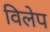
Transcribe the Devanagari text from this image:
विलेप